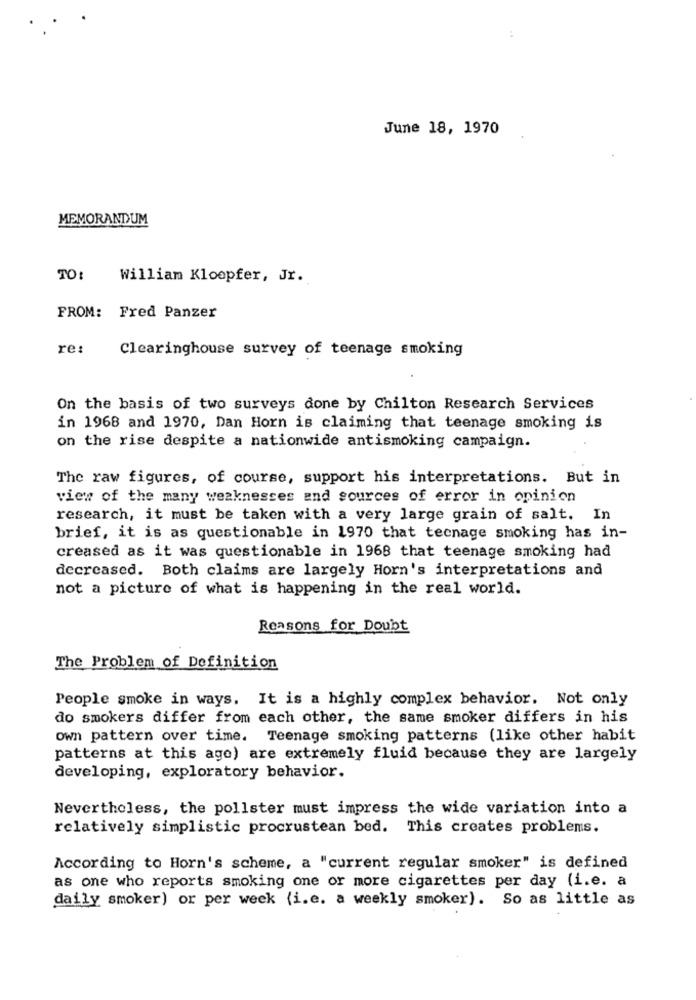
June 18, 1970
MEMORANDUM
TO:
William Kloopfer, Jr.
FROM: Fred Panzer
re:
Clearinghouse survey of teenage smoking
On the basis of two surveys done by Chilton Research Services
in 1968 and 1970, Dan Horn is claiming that teenage smoking is
on the rise despite a nationwide antismoking campaign.
The raw figures, of course, support his interpretations. But in
view of the many weaknesses and sources of error in opinion
research, it must be taken with a very large grain of salt. In
brief, it is as questionable in 1970 that teenage smoking has in-
creased as it was questionable in 1968 that teenage smoking had
decreased. Both claims are largely Horn's interpretations and
not a picture of what is happening in the real world.
Reasons for Doubt
The Problem of Definition
People smoke in ways. It is a highly complex behavior. Not only
do smokers differ from each other, the same smoker differs in his
own pattern over time. Teenage smoking patterns (like other habit
patterns at this ago) are extremely fluid because they are largely
developing, exploratory behavior.
Nevertheless, the pollster must impress the wide variation into a
relatively simplistic procrustean bed. This creates problems.
According to Horn's scheme, a "current regular smoker" is defined
as one who reports smoking one or more cigarettes per day (i.e. a
daily smoker) or per week (i.e. a weekly smoker). So as little as